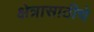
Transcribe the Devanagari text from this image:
क्षेत्रासाठीचे